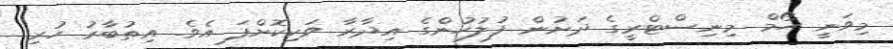
މިވަނީ ހޯމް މިނިސްޓްރީގެ ދަށުން ފުލުހުންގެ އިދާރާ ވަކިކޮށްފަ އެވެ. އިތުބާރު ހުރި